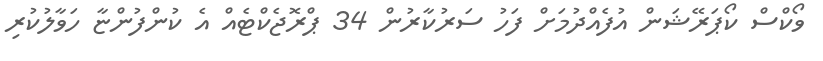
ވޯކްސް ކޯޕަރޭޝަން އުފެއްދުމަށް ފަހު ސަރުކާރުން 34 ޕްރޮޖެކްޓެއް އެ ކުންފުންޏާ ހަވާލުކުރި